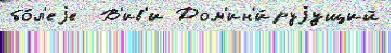
бо́л'еjе  В'ив'и Дом'ин'и́руjущий